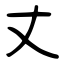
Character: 丈